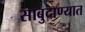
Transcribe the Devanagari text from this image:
साबुदाण्यात